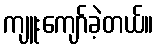
ကျူးကျော်ခဲ့တယ်။